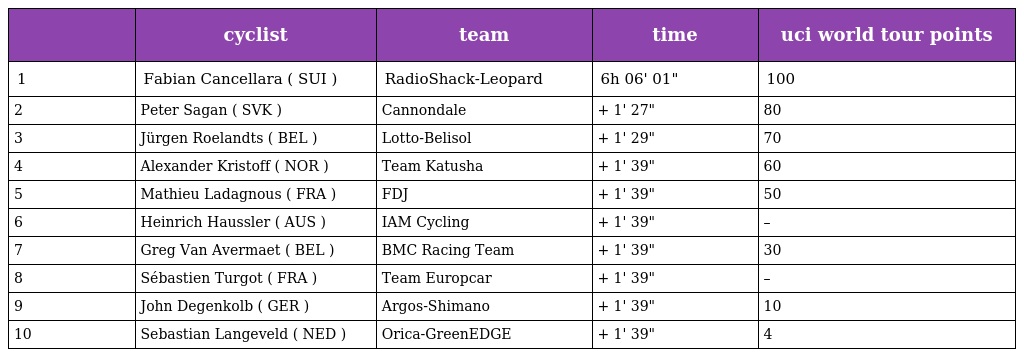
|  | cyclist | team | time | uci world tour points |
 | --- | --- | --- | --- | --- |
 | 1 | Fabian Cancellara ( SUI ) | RadioShack-Leopard | 6h 06' 01" | 100 |
 | 2 | Peter Sagan ( SVK ) | Cannondale | + 1' 27" | 80 |
 | 3 | Jürgen Roelandts ( BEL ) | Lotto-Belisol | + 1' 29" | 70 |
 | 4 | Alexander Kristoff ( NOR ) | Team Katusha | + 1' 39" | 60 |
 | 5 | Mathieu Ladagnous ( FRA ) | FDJ | + 1' 39" | 50 |
 | 6 | Heinrich Haussler ( AUS ) | IAM Cycling | + 1' 39" | – |
 | 7 | Greg Van Avermaet ( BEL ) | BMC Racing Team | + 1' 39" | 30 |
 | 8 | Sébastien Turgot ( FRA ) | Team Europcar | + 1' 39" | – |
 | 9 | John Degenkolb ( GER ) | Argos-Shimano | + 1' 39" | 10 |
 | 10 | Sebastian Langeveld ( NED ) | Orica-GreenEDGE | + 1' 39" | 4 |